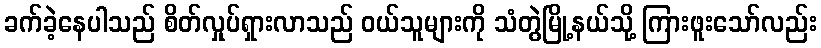
ခက်ခဲ့နေပါသည် စိတ်လှုပ်ရှားလာသည် ဝယ်သူများကို သံတွဲမြို့နယ်သို့ ကြားဖူးသော်လည်း